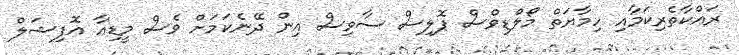
ރައްކާތެރިކަމާއި ހިމާޔަތް މޯލްޑިވްސް ޕޮލިސް ސާވިސް އިން ދޭނެކަމަށް ވެސް މީޑިއާ އޮފިޝަލް